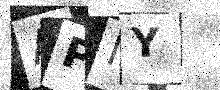
Text: APNY